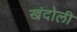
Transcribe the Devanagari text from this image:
खंदोली